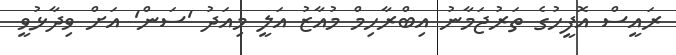
ރައީސް އޮފީހުގެ ތަރުޖަމާނު އިބްރާހިމް މުއާޒު އަލީ މިއަދު 'ސަން' އަށް ވިދާޅުވީ